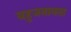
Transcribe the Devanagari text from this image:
बहुजनानता